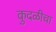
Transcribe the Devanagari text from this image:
कुदळीचा